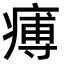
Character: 𤸵